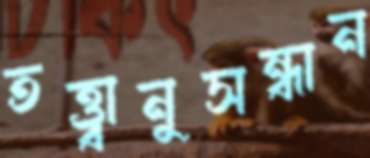
তত্ত্বানুসন্ধান